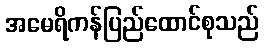
အမေရိကန်ပြည်ထောင်စုသည်